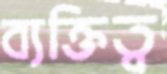
ব্যক্তিত্ব